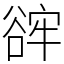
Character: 䜮